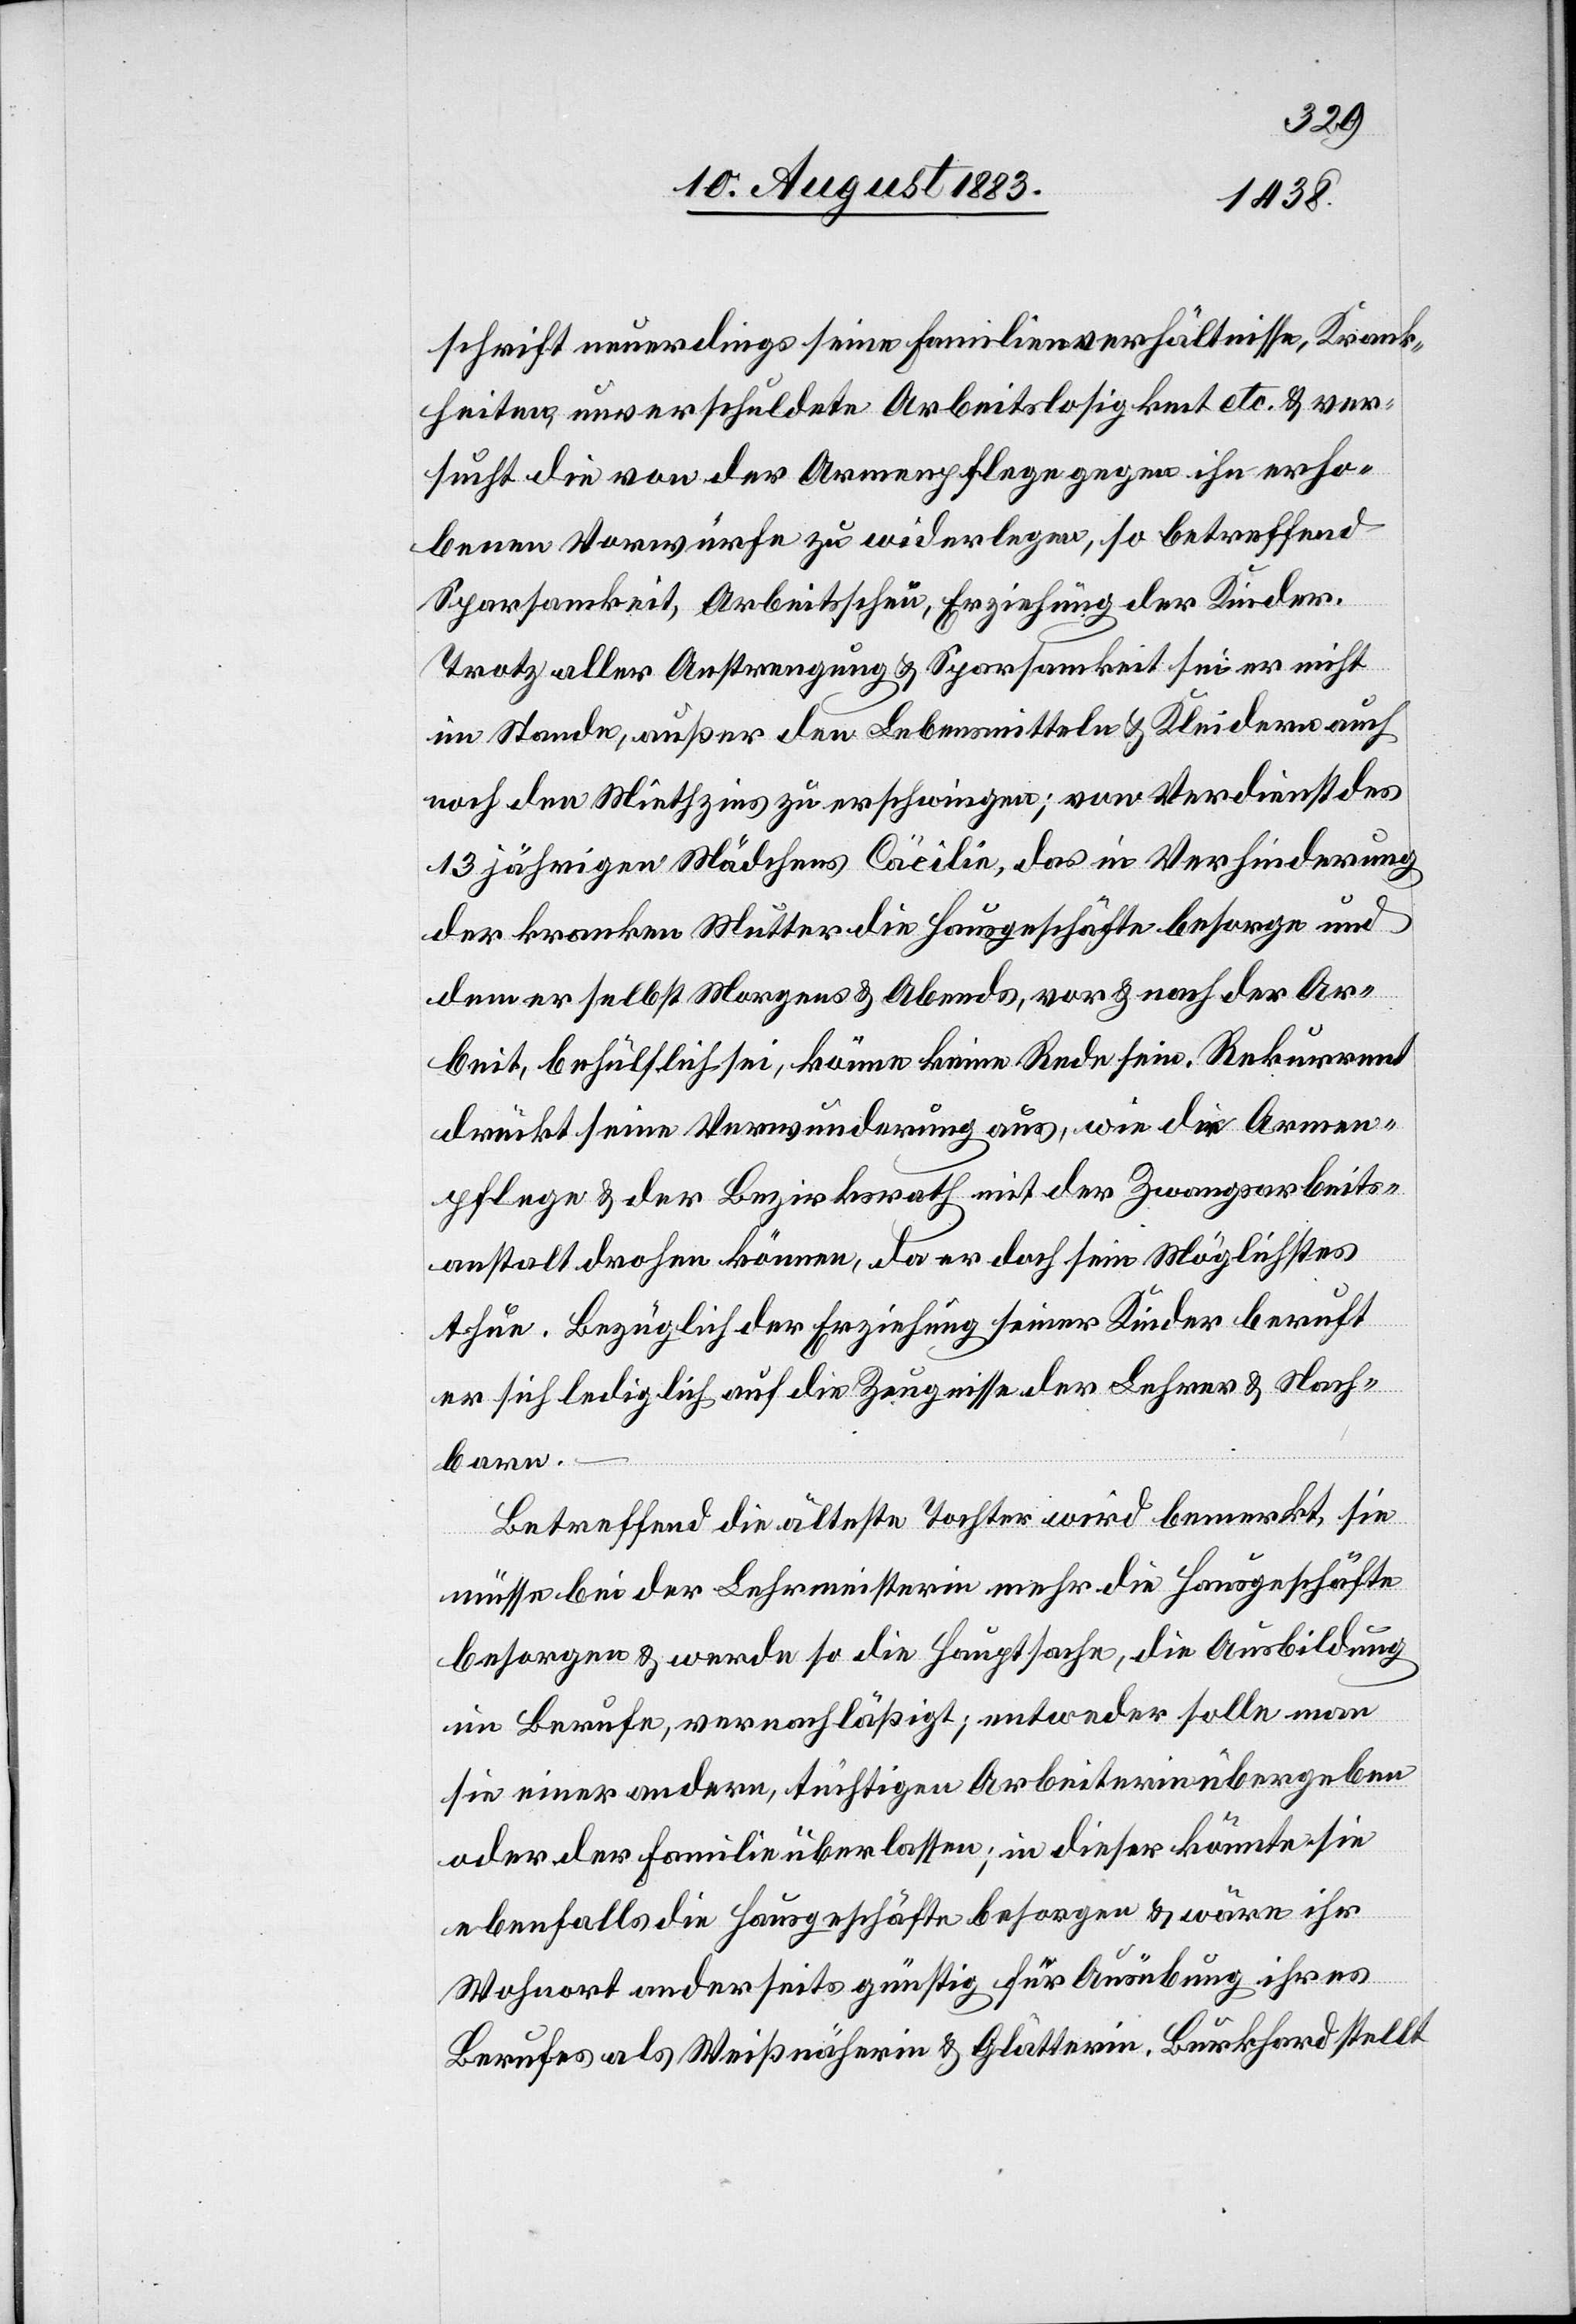
schrift neuerdings seine Familienverhältnisse, Krank¬
heiten, unverschuldete Arbeitslosigkeit etc. & ver¬
sucht die von der Armenpflege gegen ihn erho¬
benen Vorwürfe zu widerlegen, so betreffend
Sparsamkeit, Arbeitsscheu, Erziehung der Kinder.
Trotz aller Anstrengung & Sparsamkeit sei er nicht
im Stande, außer den Lebensmitteln & Kleidern auch
noch den Miethzins zu erschwingen; von Verdienst des
13 jährigen Mädchens Cäcilie, das in Verhinderung
der kranken Mutter die Hausgeschäfte besorge und
dem er selbst Morgens & Abends, vor & nach der Ar¬
beit, behülflich sei, könne keine Rede sein. Rekurrent
drückt seine Verwunderung aus, wie die Armen¬
pflege & der Bezirksrath mit der Zwangsarbeits¬
anstalt drohen können, da er doch sein Möglichstes
thue. Bezüglich der Erziehung seiner Kinder beruft
er sich lediglich auf die Zeugnisse der Lehrer & Nach¬
barn.
Betreffend die älteste Tochter wird bemerkt, sie
müsse bei der Lehrmeisterin mehr die Hausgeschäfte
besorgen & werde so die Hauptsache, die Ausbildung
im Berufe, vernachläßigt; entweder solle man
sie einer andern, tüchtigen Arbeiterin übergeben
oder der Familie überlassen; in dieser könnte sie
ebenfalls die Hausgeschäfte besorgen & wäre ihr
Wohnort anderseits günstig für Ausübung ihres
Berufes als Weißnäherin & Glätterin. Burkhard stellt